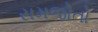
સમજોતો